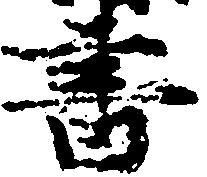
書